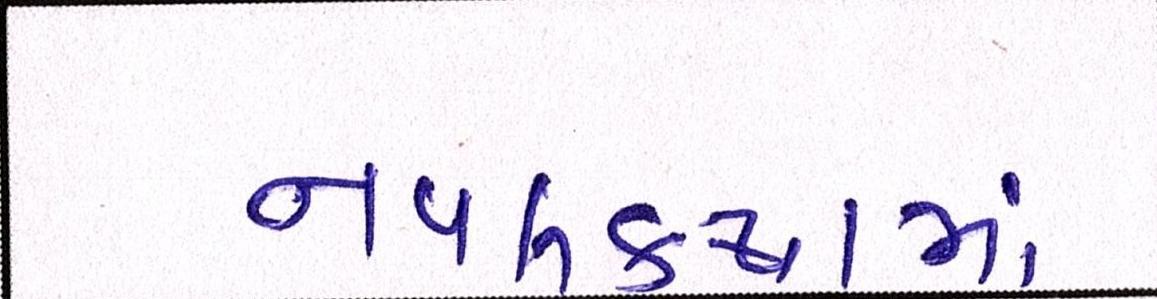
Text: નવલકથામાં